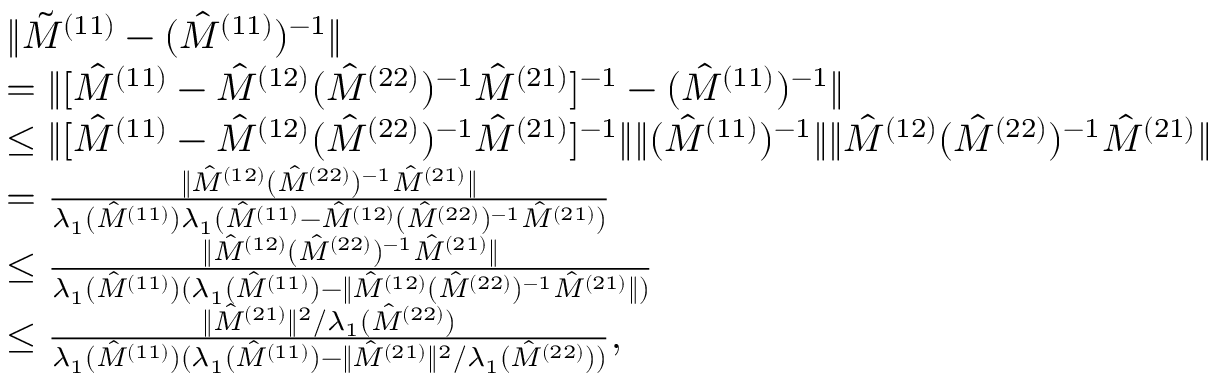
\begin{array} { r l } & { \| \tilde { M } ^ { ( 1 1 ) } - ( \hat { M } ^ { ( 1 1 ) } ) ^ { - 1 } \| } \\ & { = \| [ \hat { M } ^ { ( 1 1 ) } - \hat { M } ^ { ( 1 2 ) } ( \hat { M } ^ { ( 2 2 ) } ) ^ { - 1 } \hat { M } ^ { ( 2 1 ) } ] ^ { - 1 } - ( \hat { M } ^ { ( 1 1 ) } ) ^ { - 1 } \| } \\ & { \le \| [ \hat { M } ^ { ( 1 1 ) } - \hat { M } ^ { ( 1 2 ) } ( \hat { M } ^ { ( 2 2 ) } ) ^ { - 1 } \hat { M } ^ { ( 2 1 ) } ] ^ { - 1 } \| \| ( \hat { M } ^ { ( 1 1 ) } ) ^ { - 1 } \| \| \hat { M } ^ { ( 1 2 ) } ( \hat { M } ^ { ( 2 2 ) } ) ^ { - 1 } \hat { M } ^ { ( 2 1 ) } \| } \\ & { = \frac { \| \hat { M } ^ { ( 1 2 ) } ( \hat { M } ^ { ( 2 2 ) } ) ^ { - 1 } \hat { M } ^ { ( 2 1 ) } \| } { \lambda _ { 1 } ( \hat { M } ^ { ( 1 1 ) } ) \lambda _ { 1 } ( \hat { M } ^ { ( 1 1 ) } - \hat { M } ^ { ( 1 2 ) } ( \hat { M } ^ { ( 2 2 ) } ) ^ { - 1 } \hat { M } ^ { ( 2 1 ) } ) } } \\ & { \le \frac { \| \hat { M } ^ { ( 1 2 ) } ( \hat { M } ^ { ( 2 2 ) } ) ^ { - 1 } \hat { M } ^ { ( 2 1 ) } \| } { \lambda _ { 1 } ( \hat { M } ^ { ( 1 1 ) } ) ( \lambda _ { 1 } ( \hat { M } ^ { ( 1 1 ) } ) - \| \hat { M } ^ { ( 1 2 ) } ( \hat { M } ^ { ( 2 2 ) } ) ^ { - 1 } \hat { M } ^ { ( 2 1 ) } \| ) } } \\ & { \le \frac { \| \hat { M } ^ { ( 2 1 ) } \| ^ { 2 } / \lambda _ { 1 } ( \hat { M } ^ { ( 2 2 ) } ) } { \lambda _ { 1 } ( \hat { M } ^ { ( 1 1 ) } ) ( \lambda _ { 1 } ( \hat { M } ^ { ( 1 1 ) } ) - \| \hat { M } ^ { ( 2 1 ) } \| ^ { 2 } / \lambda _ { 1 } ( \hat { M } ^ { ( 2 2 ) } ) ) } , } \end{array}